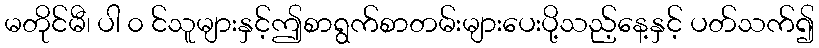
မတိုင်မီ၊ ပါ ၀ င်သူများနှင့်ဤစာရွက်စာတမ်းများပေးပို့သည့်နေ့နှင့် ပတ်သက်၍